Kassari_(Keina)_vallavalitsus, lk 44
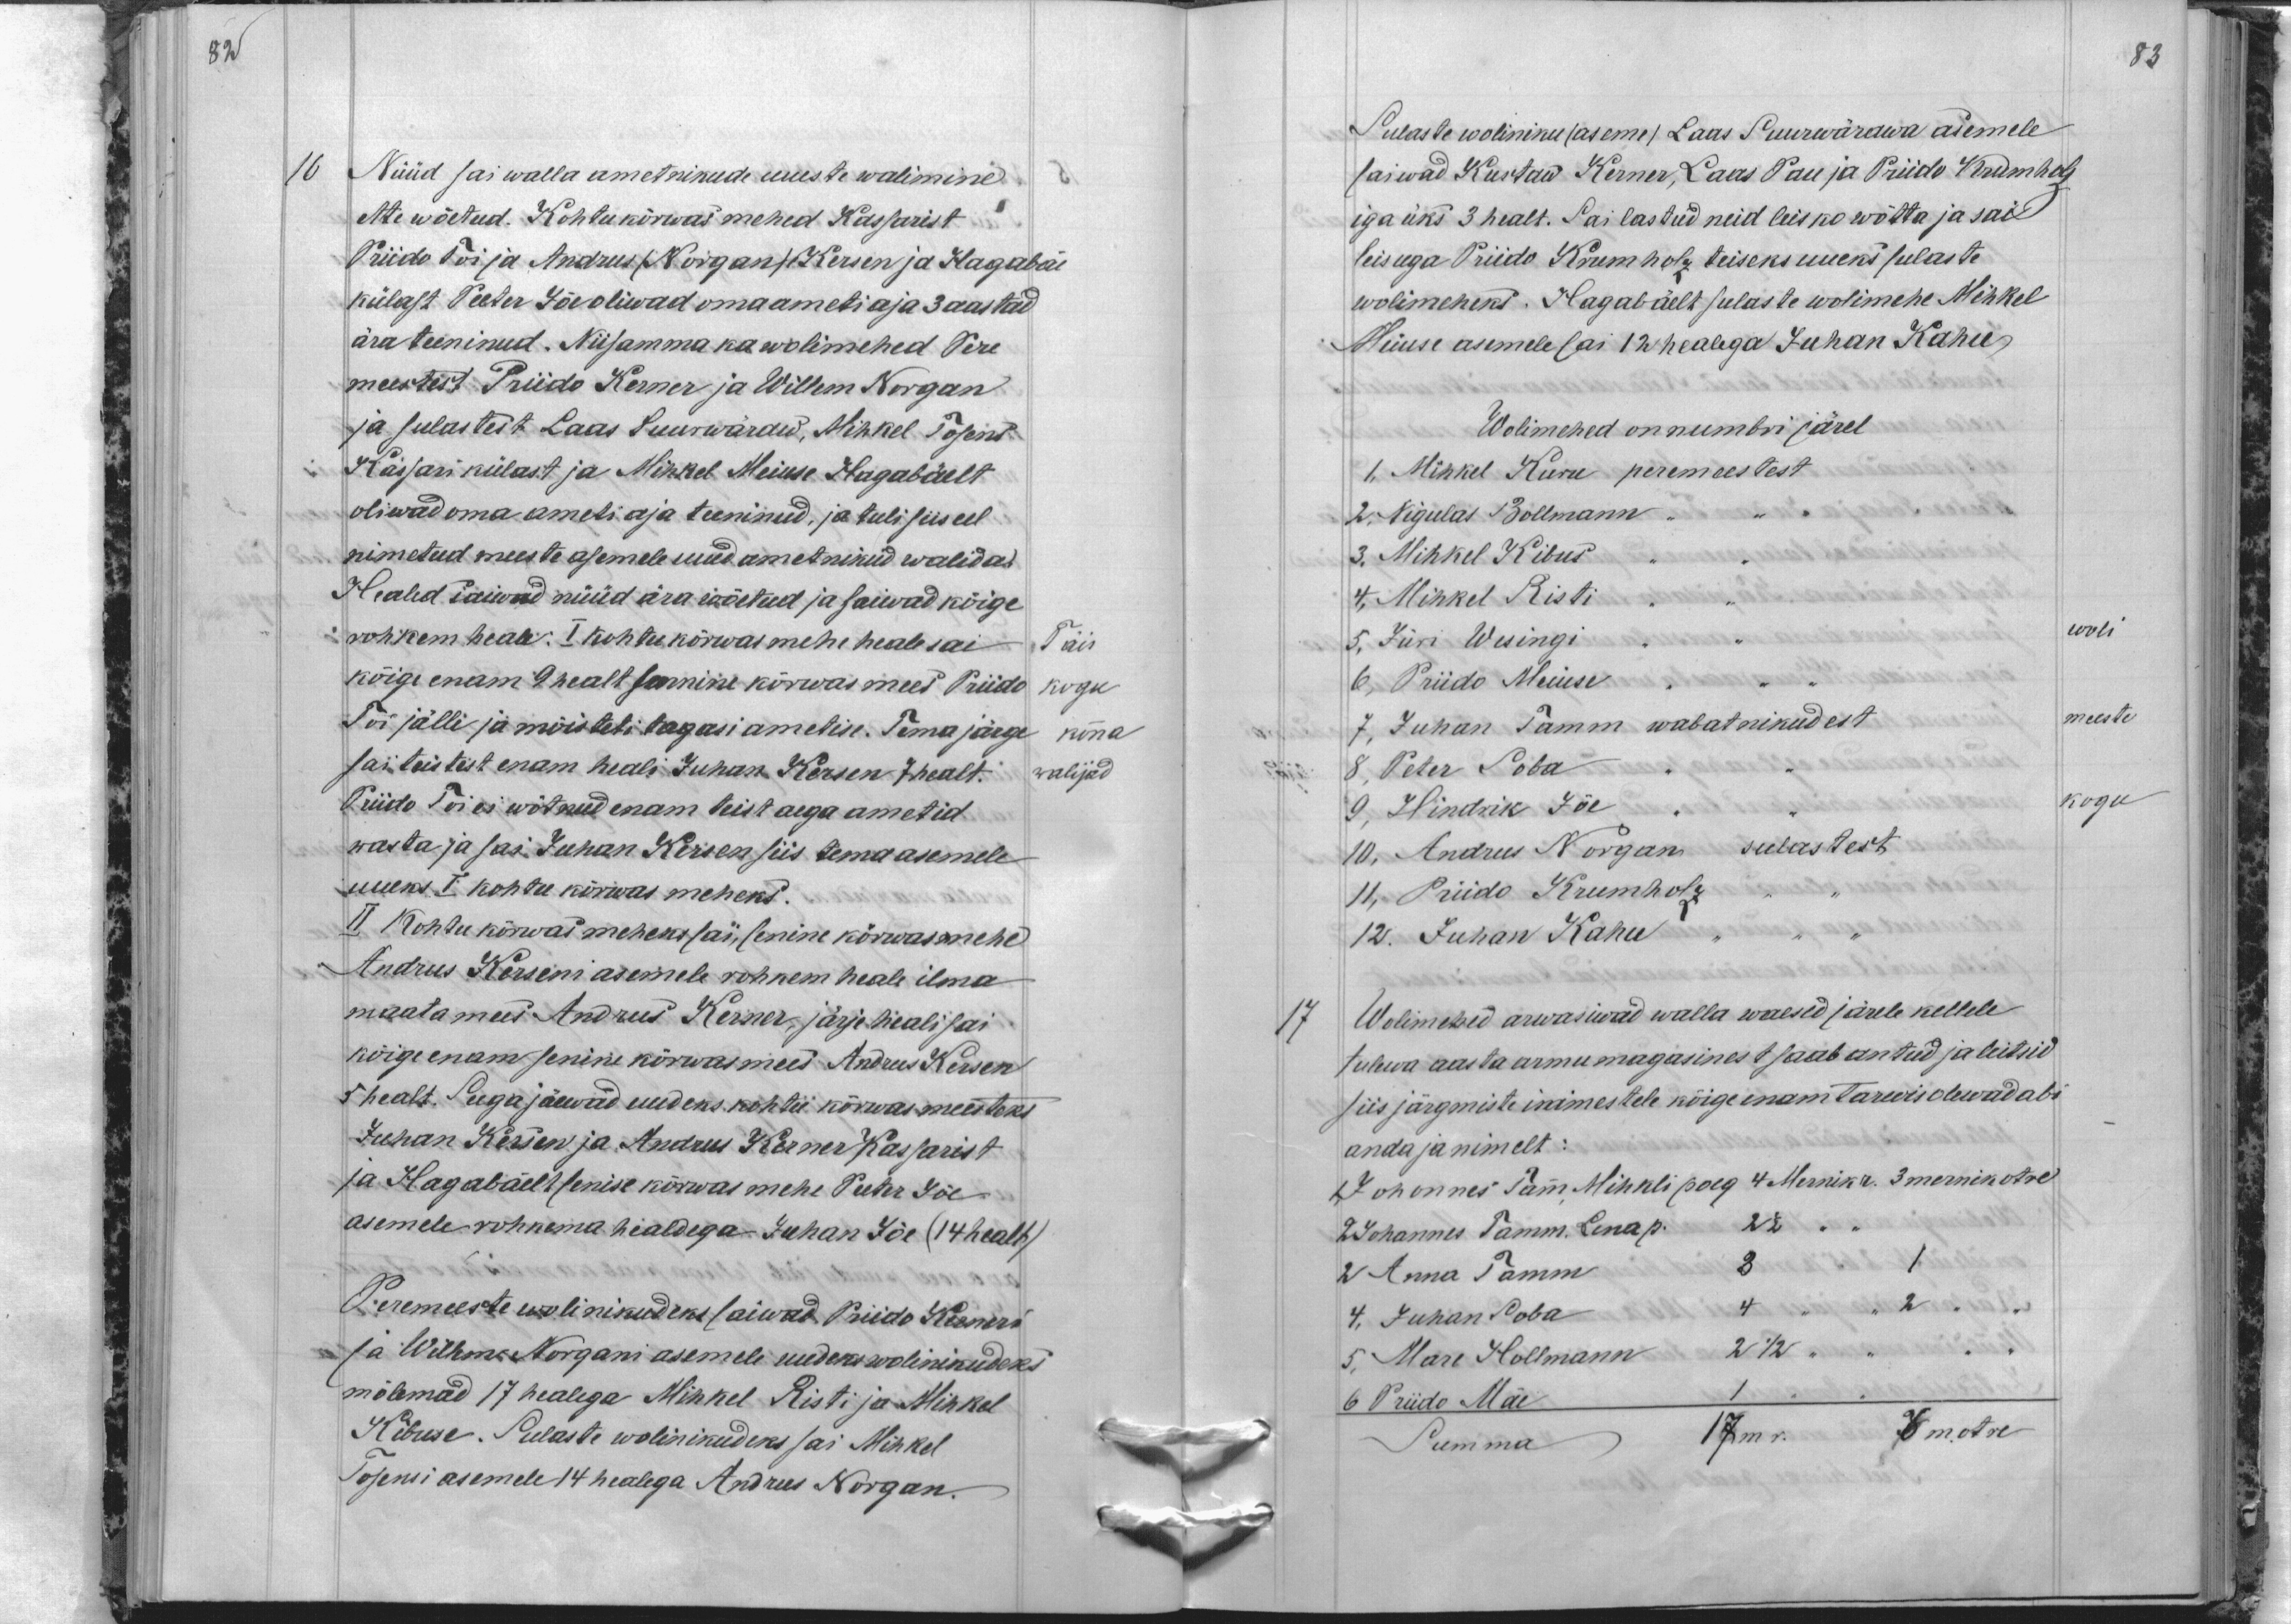
82

16
Nüüd sai walla ametnikude uueste walimine
ette wõetud. Kohtukõrwas mehed Kassarist
Priido Toi ja Andrus (Norgan) Kersen ja Hagabäe
külast Peeter Jõe oliwad oma ameti aja 3 aastad
ära teeninud. Niisamma ka wolimehed Pere
meestest Priido Kerner ja Willem Norgan
ja sulastest Laas Suurwäraw, Mihkel Tosens
Kassari külast ja Mihkel Meiuse Hagabäelt
oliwad oma ameti aja teeninud, ja tuli siis eel
nimetud meeste asemele uued ametnikud walida.
Healed saiwad nüüd ära wõetud ja saiwad kõige
rohkem heale: I kohtu kõrwas mehe heale sai
Täis
kõige enam 9 healt sennine kõrwas mees Priido
kogu
Toi jälle ja mõisteti tagasi ametise. Tema järge
konna
sai teistest enam heali Juhan Kersen 7 healt.
walijad
Priido Toi ei wõtnud enam teist aega ametid
wasta ja sai Juhan Kersen siis tema asemele
uueks I kohtu kõrwas meheks.
II Kohtu kõrwas meheks sai, senine kõrwas mehe
Andrus Kerseni asemele rohkem heale ilma
maata mees Andrus Kerner, järje heali sai
kõige enam senine kõrwas mees Andrus Kersen
5 healt. Suga jäewad uudeks kohtu kõrwas meesteks
Juhan Kersen ja Andrus Kerner Kassarist
ja Hagabäelt senise kõrwas mehe Peeter Jõe
asemele rohkema healdega Juhan Jõe (14 healt).
Peremeeste wolinikudeks saiwad. Priido Kerneri
ja Willem Norgani asemele uudeks wolinikudeks
mõlemad 17 healega Mihkel Risti ja Mihkel
Kibuse. Sulaste wolinikudeks sai Mihkel
Tosensi asemele 14 healega Andrus Norgan.

83
Sulaste woliniku (aseme) Laas Suurwärawa asemele
saiwad Kustaw Kerner, Laas Pau ja Priido Krumholz
iga üks 3 healt. Sai lastud neid leisko wõtta ja sai
leisuga Priido Krumholz teiseks uueks sulaste
wolimeheks. Hagabäelt sulaste wolimehe Mihkel
Meiuse asemele sai 12 healega Juhan Kahu
Wolimehed on numbri järel
1, Mihkel Kuru peremeestest
2. Nigulas Bollmann
3. Mihkel Kibus
4. Mihkel Risti
5, Jüri Wesingi
woli.
6, Priido Meiuse
7, Juhan Tamm wabatnikudest
meeste
8, Peter Soba
9, Hindrik Jõe
kogu
10, Andrus Norgan sulastest
11, Priido Krumholz
12. Juhan Kahu
17
Wolimehed arwasiwad walla waesed järele kellele
tulewa aasta armu magasines saab antud ja leitsid
siis järgmiste inimestele kõige enam tarwis olewad abi
anda ja nimelt:
Johannes Tamm Mihkli poeg 4 Mernik r . 3 mernik otre
2 Johannes Tamm. Lena p. 2 1/2
2 Anna Tamm
3
1.
4, Juhan Soba
4
2
5, Marie Hollmann
2 1/2
6 Priido Mäe
Summa
17 m r.
6. m. otre